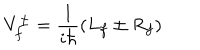
V _ { f } ^ { \pm } = \frac { 1 } { i \hbar } ( L _ { f } \pm R _ { f } )